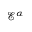
\mathcal { E } ^ { \alpha }